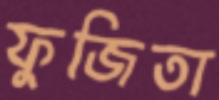
ফুজিতা